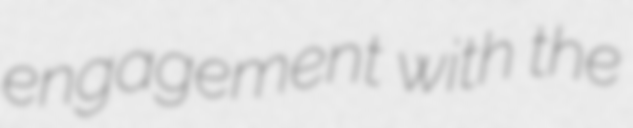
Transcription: engagement with the